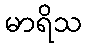
မာရိသ